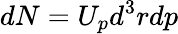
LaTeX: dN=U_{p}d^{3}rdp